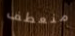
منعطف